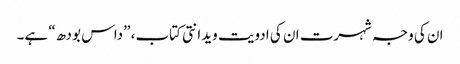
ان کی وجہ شہرت ان کی ادویت ویدانتی کتاب، ”داس بودھ“ ہے۔